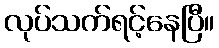
လုပ်သက်ရင့်နေပြီ။